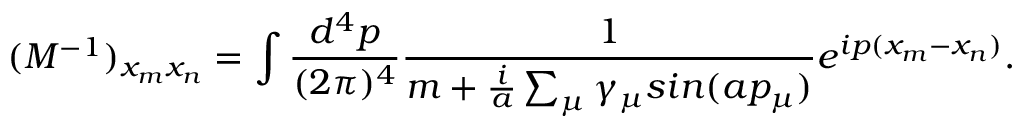
( M ^ { - 1 } ) _ { x _ { m } x _ { n } } = \int \frac { d ^ { 4 } p } { ( 2 { \pi } ) ^ { 4 } } \frac { 1 } { m + \frac { i } { a } \sum _ { \mu } { \gamma } _ { \mu } s i n ( a p _ { \mu } ) } e ^ { i p ( x _ { m } - x _ { n } ) } .